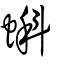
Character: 蝌